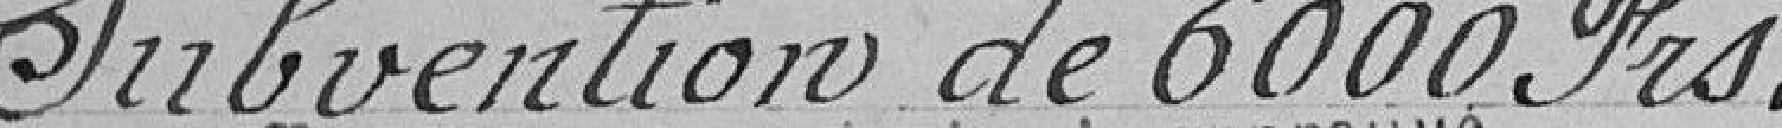
Subvention de 6000 francs.